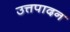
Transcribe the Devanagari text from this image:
उत्तपादन